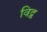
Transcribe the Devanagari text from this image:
विद्व